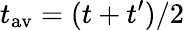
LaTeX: t_{\textrm{av}}=(t+t^{\prime})/2